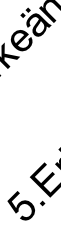
5 ä